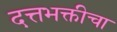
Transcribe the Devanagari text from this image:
दत्तभक्तीचा